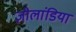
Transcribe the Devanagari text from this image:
ज़ीलांडिया